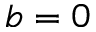
b = 0